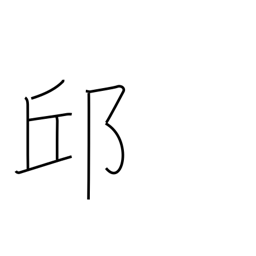
Meaning: hill